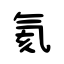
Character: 氦